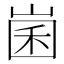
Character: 𡹤